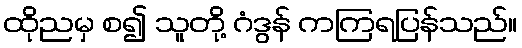
ထိုညမှ စ၍ သူတို့ ဂံဒွန် ကကြရပြန်သည်။